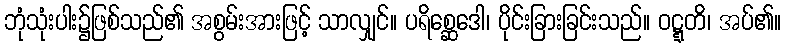
ဘုံသုံးပါး၌ဖြစ်သည်၏ အစွမ်းအားဖြင့် သာလျှင်။ ပရိစ္ဆေဒေါ၊ ပိုင်းခြားခြင်းသည်။ ဝဋ္ဋတိ၊ အပ်၏။